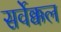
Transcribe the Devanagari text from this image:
सर्वेक्कल